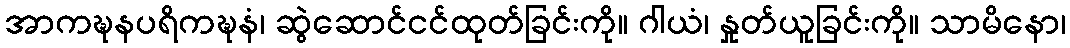
အာကဍ္ဎနပရိကဍ္ဎနံ၊ ဆွဲဆောင်ငင်ထုတ်ခြင်းကို။ ဂါယံ၊ နှုတ်ယူခြင်းကို။ သာမိနော၊